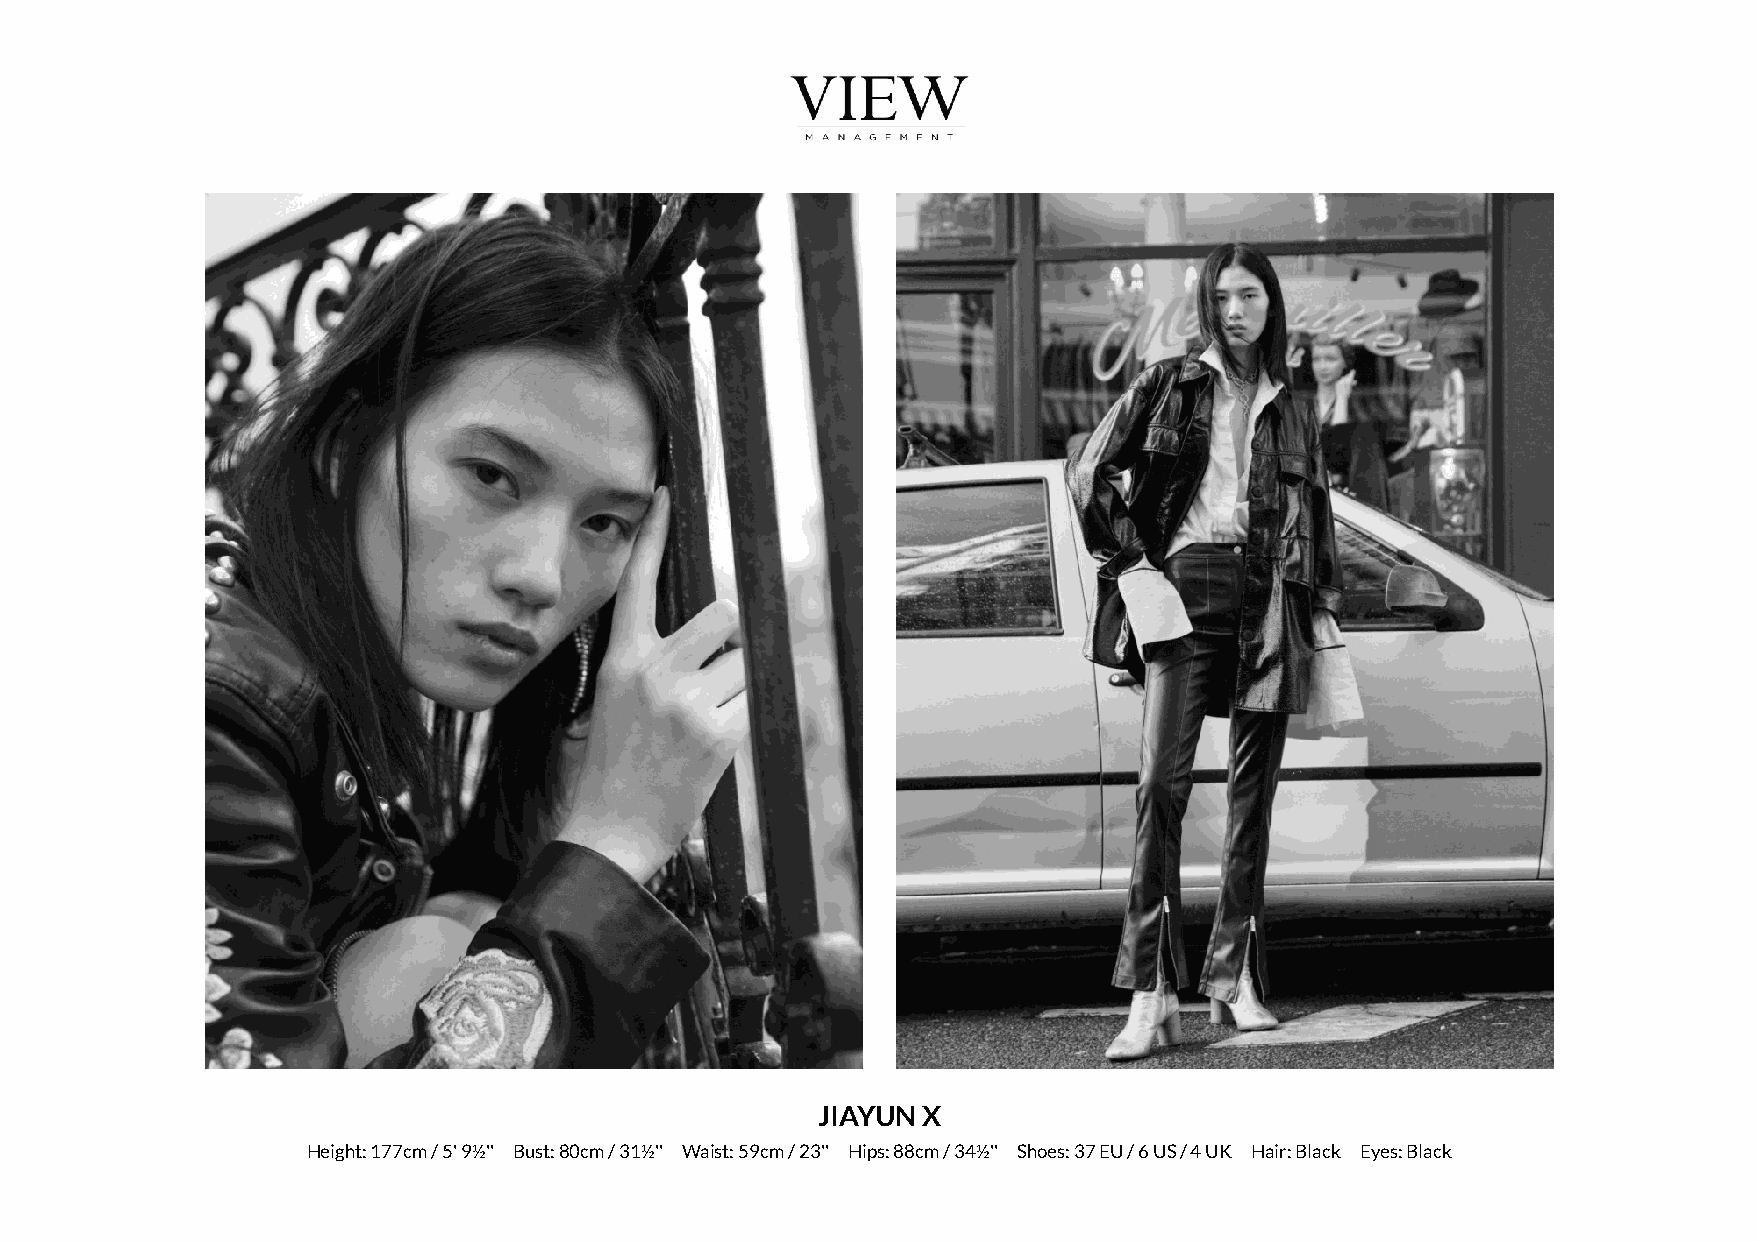
JIAYUN X
 Height: 177cm / 5' 9½'' Bust: 80cm / 31½'' Waist: 59cm / 23'' Hips: 88cm / 34½'' Shoes: 37 EU / 6 US / 4 UK Hair: Black Eyes: Black